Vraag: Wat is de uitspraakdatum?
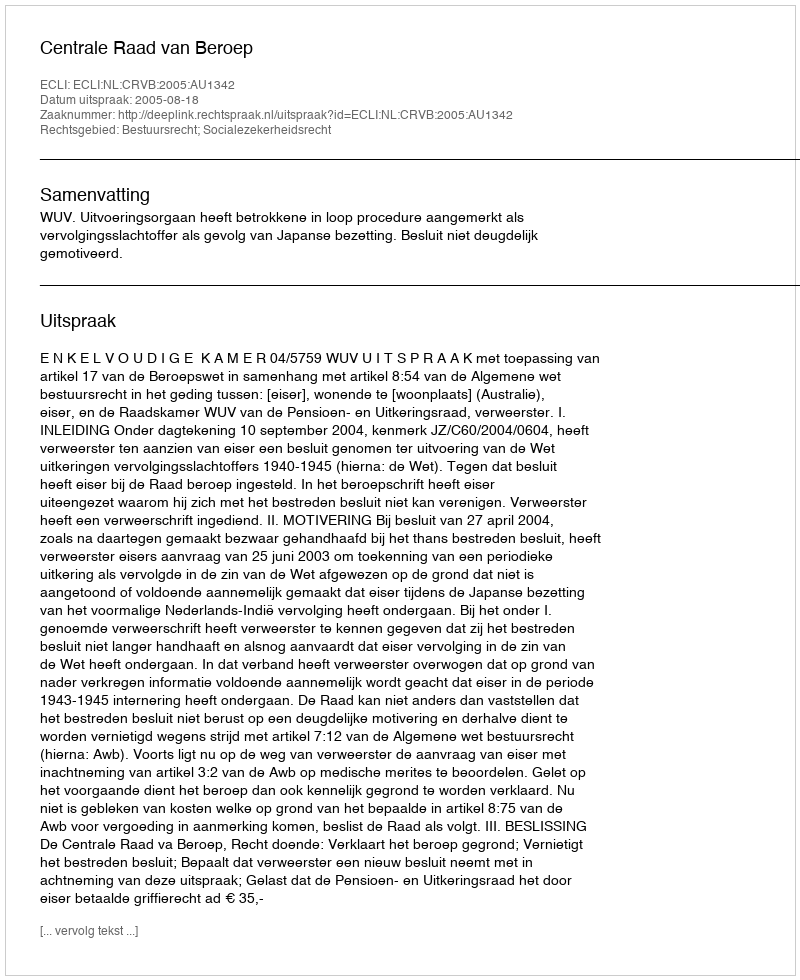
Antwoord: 2005-08-18